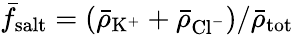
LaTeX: \bar{f}_{\mathrm{salt}}=(\bar{\rho}_{\mathrm{K^{+}}}+\bar{\rho}_{\mathrm{Cl^{-}}})/\bar{\rho}_{\mathrm{tot}}